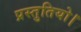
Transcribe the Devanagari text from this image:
प्रस्तुतियो।